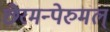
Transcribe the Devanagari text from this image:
छेरमन्पेरुमल्